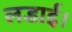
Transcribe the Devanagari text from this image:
लडाई।